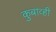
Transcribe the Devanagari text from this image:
कुबाव्ही